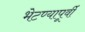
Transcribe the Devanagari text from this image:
भेटण्यापूर्वी